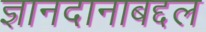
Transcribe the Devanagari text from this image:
ज्ञानदानाबद्दल